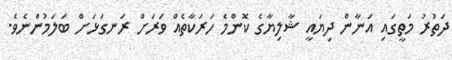
ދަތުރު މަތީގައި އަނާން ދިޔައީ ޝާލިޔާގެ ކޮންމެ ހަރަކާތެއް ވަރަށް ރަނގަޅަށް ބަލަމުންނެވެ.